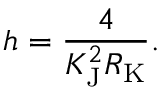
h = { \frac { 4 } { K _ { \mathrm { { J } } } ^ { 2 } R _ { \mathrm { { K } } } } } .